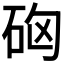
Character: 𥑪